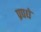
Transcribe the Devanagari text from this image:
प्रपधे